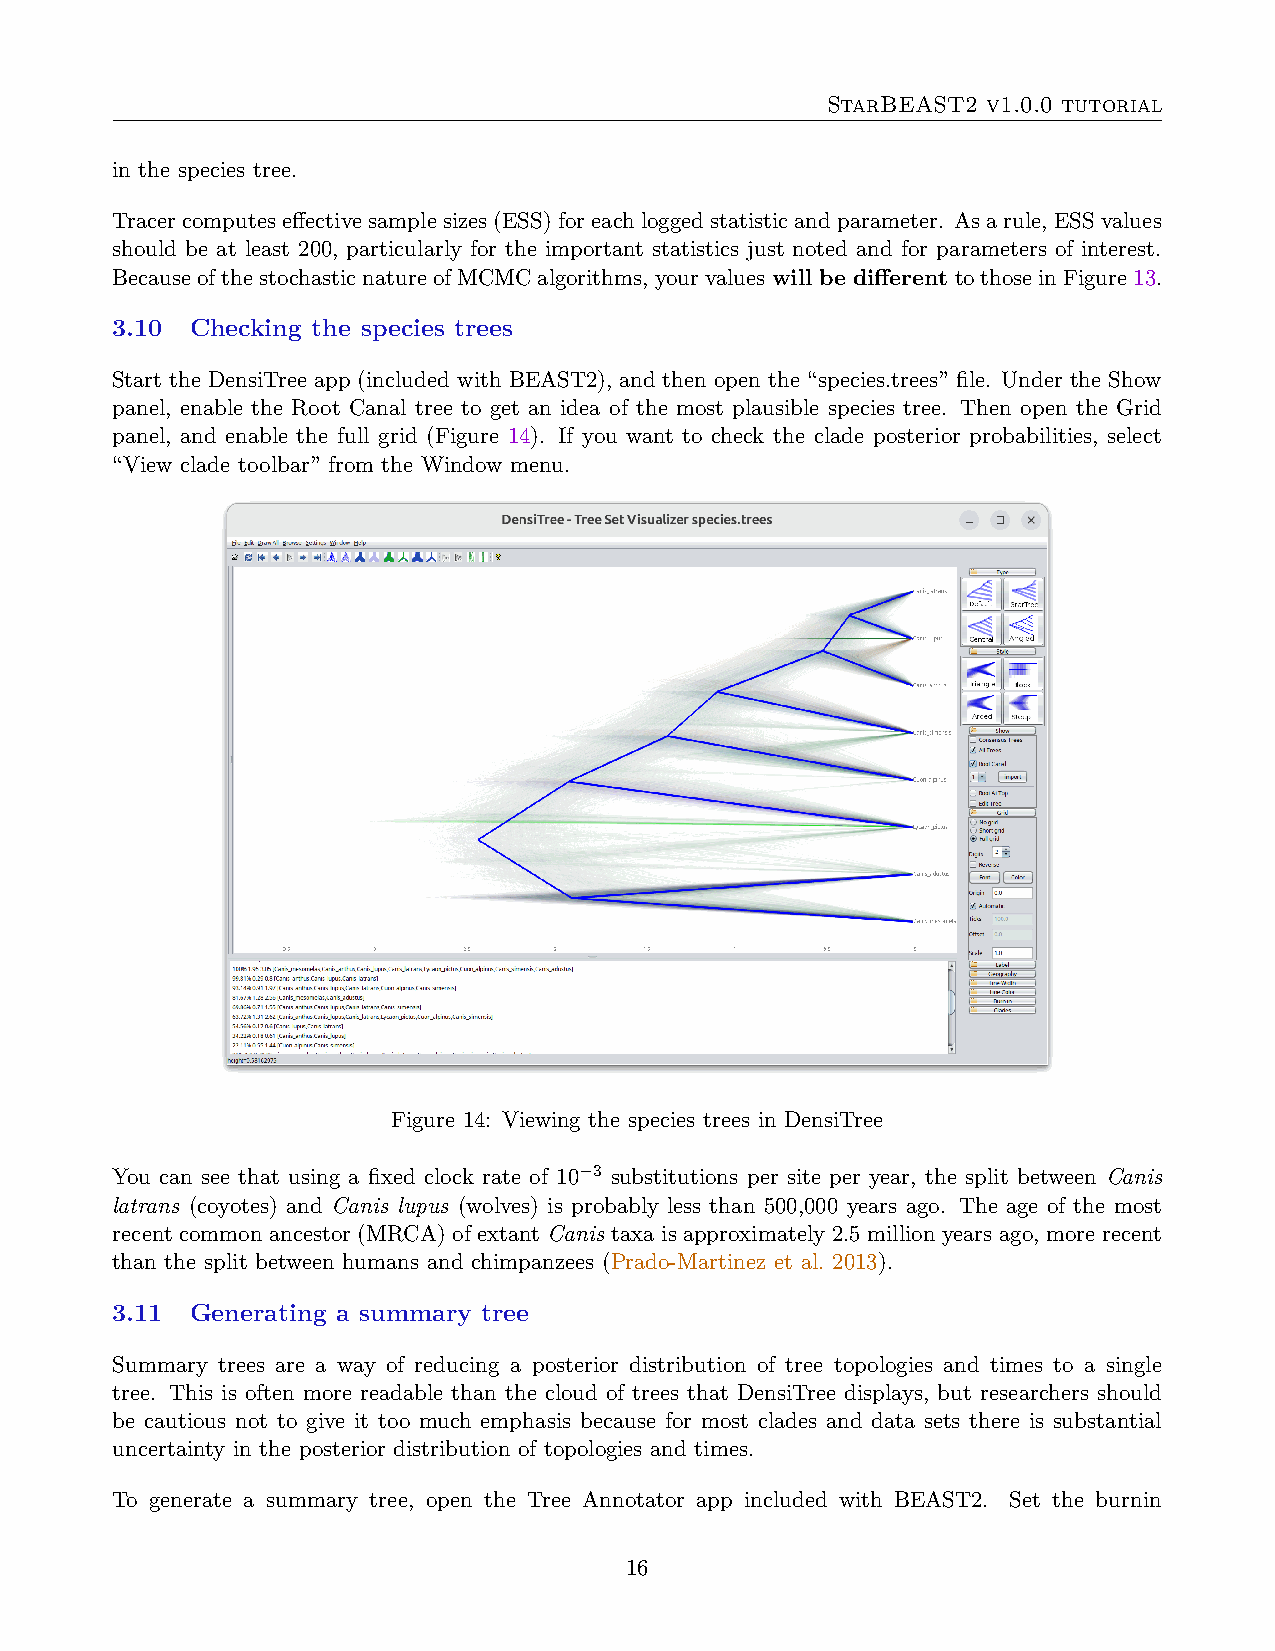
StarBEAST2 v1.0.0 tutorial
 in the species tree.
 Tracercomputeseffectivesamplesizes(ESS)foreachloggedstatisticandparameter. Asarule, ESSvalues
 should be at least 200, particularly for the important statistics just noted and for parameters of interest.
 BecauseofthestochasticnatureofMCMCalgorithms, yourvalueswill be differenttothoseinFigure13.
 3.10  Checking the species trees
 Start the DensiTree app (included with BEAST2), and then open the “species.trees” file. Under the Show
 panel, enable the Root Canal tree to get an idea of the most plausible species tree. Then open the Grid
 panel, and enable the full grid (Figure 14). If you want to check the clade posterior probabilities, select
 “View clade toolbar” from the Window menu.
 Figure 14: Viewing the species trees in DensiTree
 You can see that using a fixed clock rate of 10−3 substitutions per site per year, the split between Canis
 latrans (coyotes) and Canis lupus (wolves) is probably less than 500,000 years ago. The age of the most
 recent common ancestor (MRCA) of extant Canis taxa is approximately 2.5 million years ago, more recent
 than the split between humans and chimpanzees (Prado-Martinez et al. 2013).
 3.11  Generating a summary tree
 Summary trees are a way of reducing a posterior distribution of tree topologies and times to a single
 tree. This is often more readable than the cloud of trees that DensiTree displays, but researchers should
 be cautious not to give it too much emphasis because for most clades and data sets there is substantial
 uncertainty in the posterior distribution of topologies and times.
 To generate a summary tree, open the Tree Annotator app included with BEAST2. Set the burnin
 16